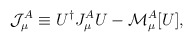
\begin{align*}{\mathcal J}^{A}_{\mu} \equiv U^{\dagger}J^{A}_{\mu}U - {\mathcal M}^{A}_{\mu}[U],\end{align*}